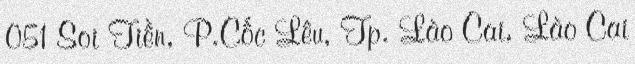
051 Soi Tiền, P.Cốc Lêu, Tp. Lào Cai, Lào Cai